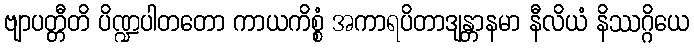
ဗျာပတ္တီတိ ပိဏ္ဍပါတတော ကာယကိစ္စံ အကာရပိတာဒျန္တာနမာ နီလိယံ နိဿဂ္ဂိယေ